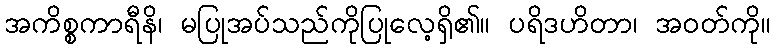
အကိစ္စကာရီနိ၊ မပြုအပ်သည်ကိုပြုလေ့ရှိ၏။ ပရိဒဟိတာ၊ အဝတ်ကို။